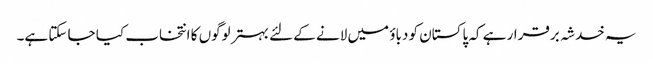
یہ خدشہ برقرار ہے کہ پاکستان کو دباؤ میں لانے کے لئے بہتر لوگوں کا انتخاب کیا جا سکتا ہے۔